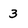
Character: 3